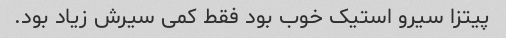
پیتزا سیرو استیک خوب بود فقط کمی سیرش زیاد بود.